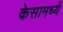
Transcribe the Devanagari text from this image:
केसामध्यें